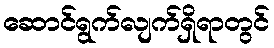
ဆောင်ရွက်လျက်ရှိရာတွင်